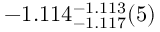
- 1 . 1 1 4 _ { - 1 . 1 1 7 } ^ { - 1 . 1 1 3 } ( 5 )